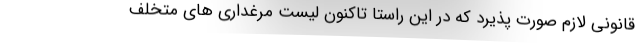
قانونی لازم صورت پذیرد که در این راستا تاکنون لیست مرغداری های متخلف